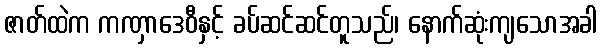
ဇာတ်ထဲက ကဏှာဒေဝီနှင့် ခပ်ဆင်ဆင်တူသည်၊ နောက်ဆုံးကျသောအခါ